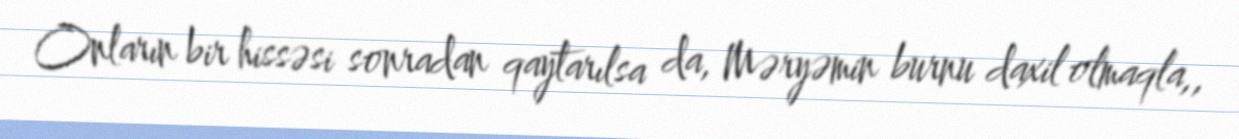
Onların bir hissəsi sonradan qaytarılsa da, Məryəmin burnu daxil olmaqla,,